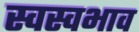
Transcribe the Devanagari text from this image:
स्वस्वभाव